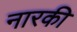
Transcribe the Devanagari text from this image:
नारकी